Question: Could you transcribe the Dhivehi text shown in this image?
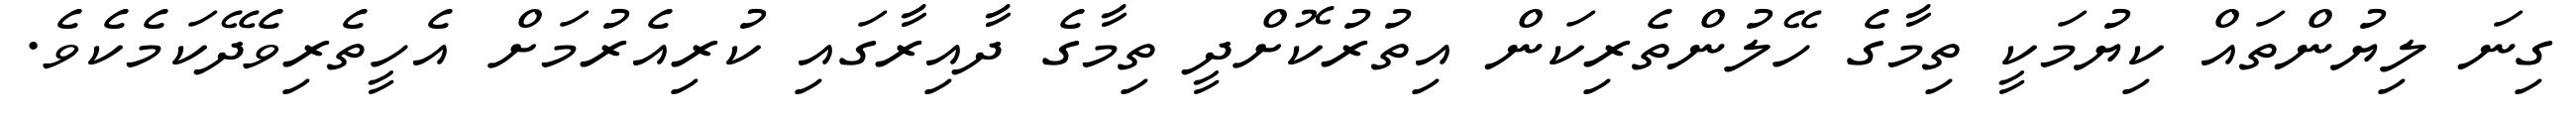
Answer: ގިނަ ލިޔުންތައް ކިޔުމަކީ ތިމާގެ ހޭލުންތެރިކަން އިތުރުކޮށްދީ ތިމާގެ ދާއިރާގައި ކުރިއެރުމަށް އެހީތެރިވެދޭކަމެކެވެ.